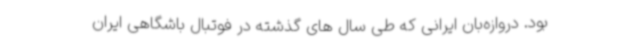
بود. دروازه‌بان ایرانی که طی سال های گذشته در فوتبال باشگاهی ایران